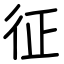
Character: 征